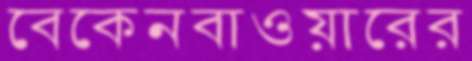
বেকেনবাওয়ারের